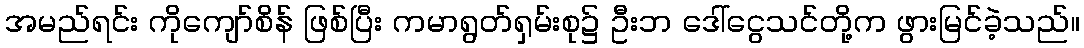
အမည်ရင်း ကိုကျော်စိန် ဖြစ်ပြီး ကမာရွတ်ရှမ်းစု၌ ဦးဘ ဒေါ်ငွေသင်တို့က ဖွားမြင်ခဲ့သည်။